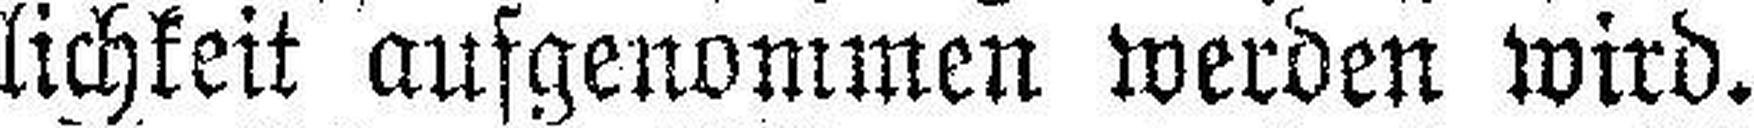
lichkeit ausgenommen werden wird.